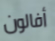
أفالون